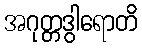
အဂုတ္တဒွါရောတိ